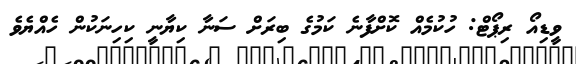
ވީޑިއޯ ރިޕޯޓް: ހުކުމެއް ކޮށްފާނެ ކަމުގެ ބިރަށް ސަނާ ކިޔާނީ ކިހިނަކުން ހެއްޔެވެ